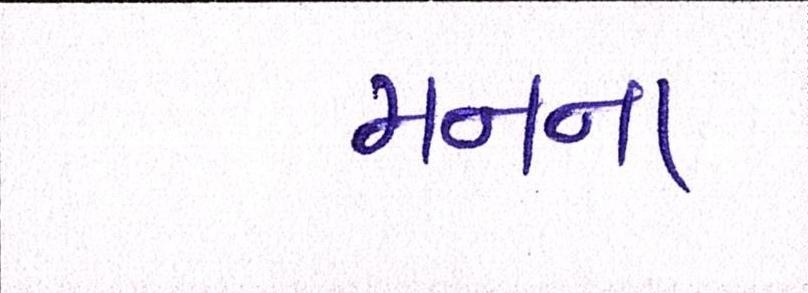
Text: મનના